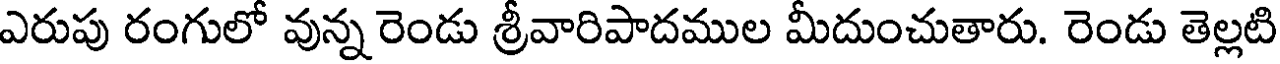
ఎరుపు రంగులో వున్న రెండు శ్రీవారిపాదముల మీదుంచుతారు. రెండు తెల్లటి